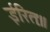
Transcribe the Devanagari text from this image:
ईरितः॥